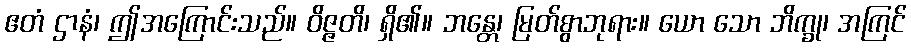
ဧတံ ဌာနံ၊ ဤအကြောင်းသည်။ ဝိဇ္ဇတိ၊ ရှိ၏။ ဘန္တေ၊ မြတ်စွာဘုရား။ ယော သော ဘိက္ခု၊ အကြင်